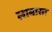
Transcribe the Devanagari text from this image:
लाबासा